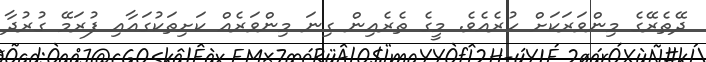
ދޭތެރޭގެ މިންވަރަކަށް ހުރެއެވެ. މީގެ ތެރެއިން ގިނަ މިންވަރެއް ކަށިތަކުގައާއި ފުރަމޭ ގުރުދާ